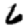
Digit: 6